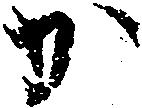
か